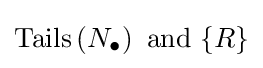
\operatorname {Tails} \left(N_{\bullet }\right){\text{ and }}\{R\}